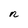
Character: n